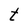
Character: t